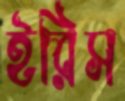
ইরিস